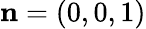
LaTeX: {\mathbf n}=(0,0,1)